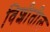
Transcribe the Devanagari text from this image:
विशीतील